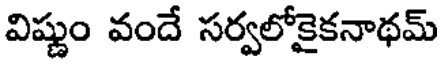
విష్ణుం వందే సర్వలోకైకనాథమ్